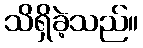
သိရှိခဲ့သည်။